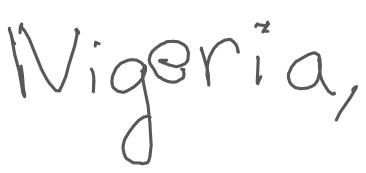
Text: Nigeria,
Cross-out: clean
Writing tool: digital_gray